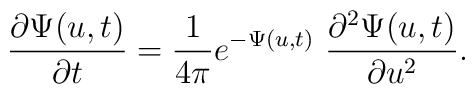
\frac{\partial \Psi(u,t)}{\partial t}=\frac{1}{4\pi} e^{-\Psi(u,t)}\ \frac{\partial^2 \Psi(u,t)}{\partial u^2}.